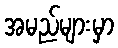
အမည်များမှာ